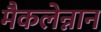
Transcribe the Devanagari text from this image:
मैकलेन्नान